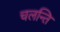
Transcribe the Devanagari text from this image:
चलन्ति